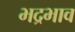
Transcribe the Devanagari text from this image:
भद्रभाव